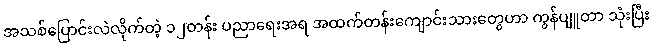
အသစ်ပြောင်းလဲလိုက်တဲ့ ၁၂တန်း ပညာရေးအရ အထက်တန်းကျောင်းသားတွေဟာ ကွန်ပျူတာ သုံးပြီး